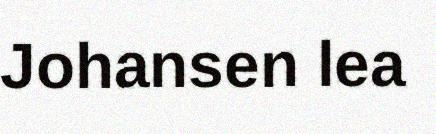
Johansen lea